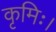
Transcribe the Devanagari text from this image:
कृमिः।